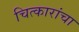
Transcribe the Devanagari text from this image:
चित्कारांचा